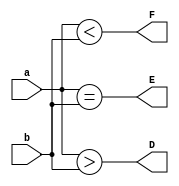
`timescale 1ns / 1ps
//////////////////////////////////////////////////////////////////////////////////
// Company: 
// Engineer: 
// 
// Design Name: 
// Module Name: twobitcomparator
// Project Name: 
// Target Devices: 
// Tool Versions: 
// Description: 
// 
// Dependencies: 
// 
// Revision:
// Revision 0.01 - File Created
// Additional Comments:
// 
//////////////////////////////////////////////////////////////////////////////////


module twobitcomparator(D,E,F,a,b);
input [1:0] a,b;
output reg D,E,F;
always @ (*)begin
 D= (a>b);//A>B
 E= (a==b);//A==B
 F= (a<b);//A<B
 end
 
endmodule